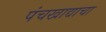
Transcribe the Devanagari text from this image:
पंचखाद्याचा